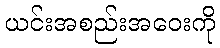
ယင်းအစည်းအဝေးကို